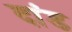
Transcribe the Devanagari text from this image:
दांड